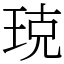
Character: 𤥣